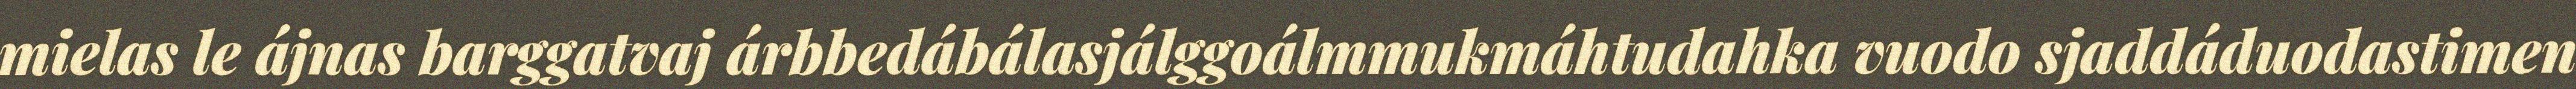
mielas le ájnas barggatvaj árbbedábálasjálggoálmmukmáhtudahka vuodo sjaddáduodastimen